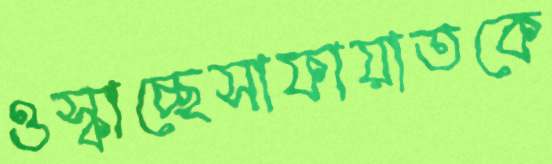
ওস্‌কাচ্ছেসাফায়াতকে